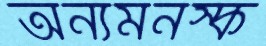
অন্যমনস্ক